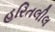
હરિતલીલ